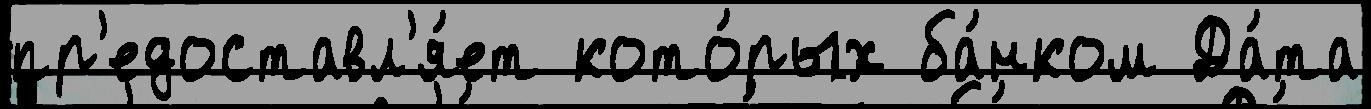
пр'едоставл'я́ет кото́рых ба́нком Да́та